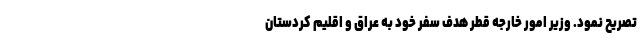
تصریح نمود. وزیر امور خارجه قطر هدف سفر خود به عراق و اقلیم کردستان